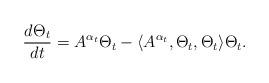
LaTeX: \begin{align*}\frac{d\Theta_t}{dt} = A^{\alpha_t} \Theta_t - \langle A^{\alpha_t}, \Theta_t, \Theta_t \rangle \Theta_t.\end{align*}